Lunatic asylums Punjab 1881-1894 - 1881-1894
Year: 1881
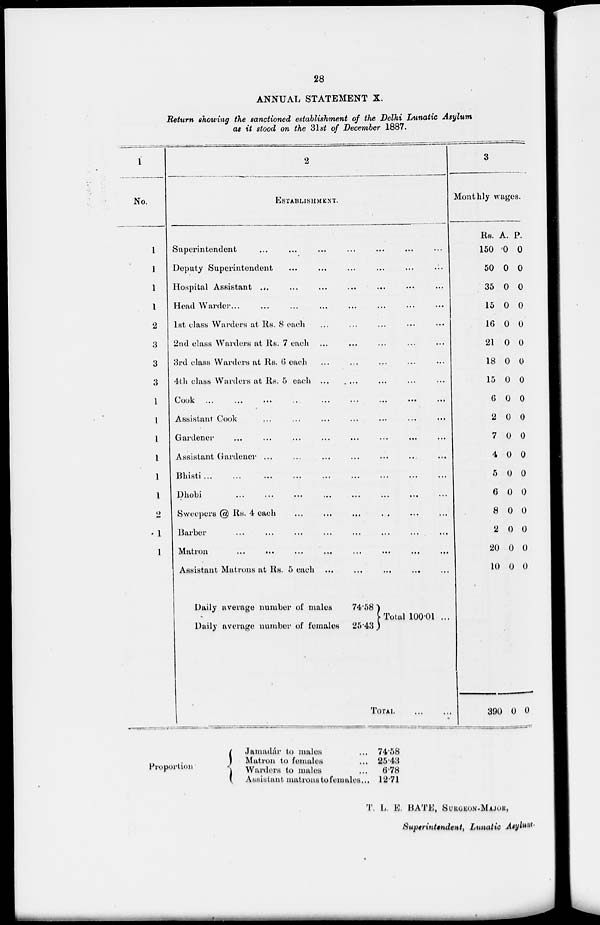
28
ANNUAL STATEMENT X.
Return showing the sanctioned establishment of the Delhi Lunatic Asylum
as it stood on the 31st of December 1887.
1
No.
1
1
1
1
2
3
3
3
1
1
1
1
1
1
2
1
1
2
ESTABLISHMENT.
Superintendent
...
...
...
...
...
Deputy Superintendent
...
...
...
...
...
Hospital Assistant
...
...
...
...
...
Head Warder
...
...
...
...
...
1st class Warders at Rs. 8 each
...
...
...
...
...
2nd class Warders at Rs. 7 each
...
...
...
...
...
3rd class Warders at Rs. 6 each
...
...
...
...
...
4th class Warders at Rs. 5 each
...
...
...
...
...
Cook
...
...
...
...
...
Assistant Cook
...
...
...
...
...
Gardener
...
...
...
...
...
Assistant Gardener
...
...
...
...
...
Bhisti ... ... ... ... ...
Dhobi ... ... ... ... ...
Sweepers @ Rs. 4 each
...
...
...
...
...
Barber
...
...
...
...
...
Matron
...
...
...
...
...
Assistant Matrons at Rs. 5 each
...
...
...
...
...
Daily average number of males
Daily average number of females
74.58
25.43
Total 100.01
TOTAL ... ...
3
Monthly wages.
Rs.
150
50
35
15
16
21
18
15
6
2
7
4
5
6
8
2
20
10
A
0
0
0
0
0
0
0
0
0
0
0
0
0
0
0
0
0
0
P.
0
0
0
0
0
0
0
0
0
0
0
0
0
0
0
0
0
0
390 0 0
Proportion
Jamadár to males ...
Matron to females ...
Wardors to males ...
Assistant matrons to females...
74.58
25.43
6.78
12.71
T. L. E. BATE, SURGEON-MAJOR,
Superintendent, Lunatic Asylum.